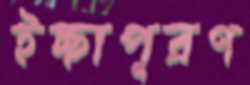
ইচ্ছাপূরণ